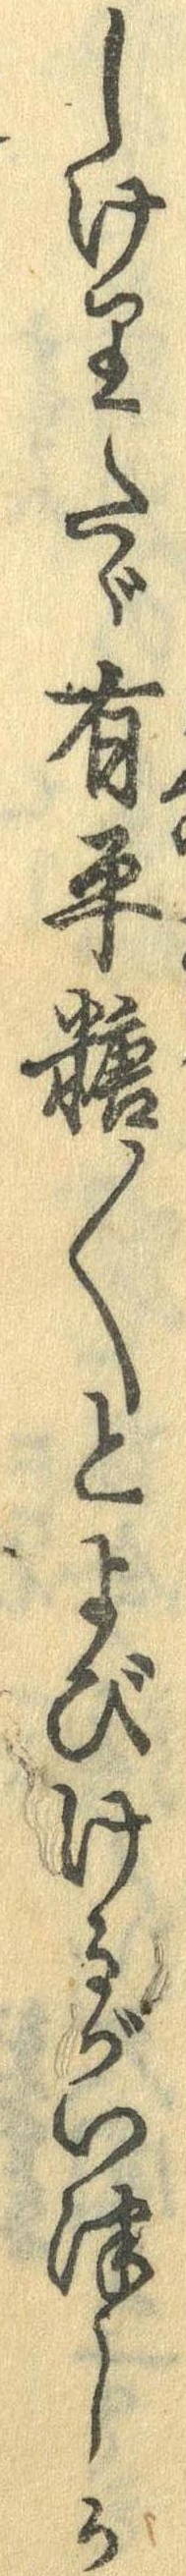
しけりたゞ有平糖〱とよびけるがいつしか